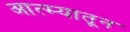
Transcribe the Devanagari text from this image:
आत्म्यातून